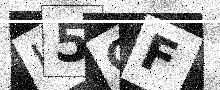
Text: I5CF